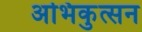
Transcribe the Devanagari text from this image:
अभिकुत्सन